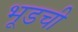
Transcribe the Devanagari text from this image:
भूडची